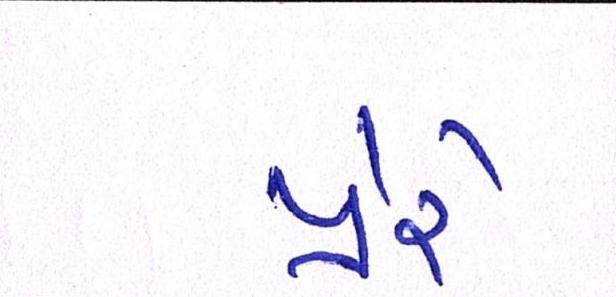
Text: પ્રેરે